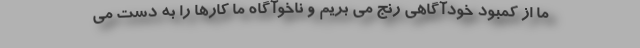
ما از کمبود خودآگاهی رنج می بریم و ناخوآگاه ما کارها را به دست می